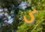
ડ